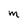
Character: m